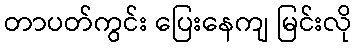
တာပတ်ကွင်း ပြေးနေကျ မြင်းလို